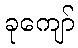
ခုကျော်